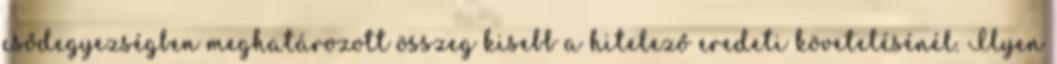
csődegyezségben meghatározott összeg kisebb a hitelező eredeti követelésénél. Ilyen